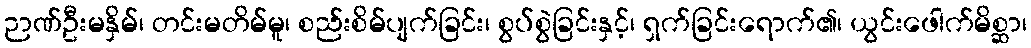
ဉာဏ်ဦးမနှိမ်၊ တင်းမတိမ်မူ၊ စည်းစိမ်ပျက်ခြင်း၊ စွပ်စွဲခြင်းနှင့်၊ ရှက်ခြင်းရောက်၏၊ ယွင်းဖေါက်မိစ္ဆာ၊